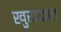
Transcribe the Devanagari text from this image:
खुराफात